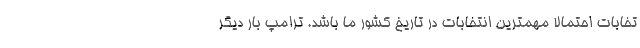
تخابات احتمالا مهمترین انتخابات در تاریخ کشور ما باشد. ترامپ بار دیگر